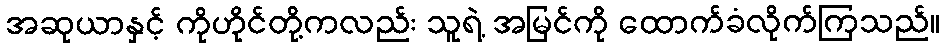
အဆုယာနှင့် ကိုဟိုင်တို့ကလည်း သူရဲ့ အမြင်ကို ထောက်ခံလိုက်ကြသည်။